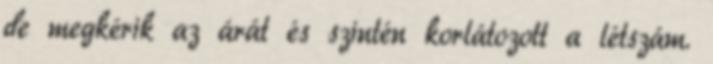
de megkérik az árát és szintén korlátozott a létszám.